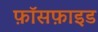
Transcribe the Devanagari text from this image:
फ़ॉसफ़ाइड